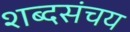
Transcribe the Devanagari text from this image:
शब्दसंचय